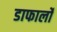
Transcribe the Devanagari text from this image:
डाफार्लो